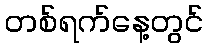
တစ်ရက်နေ့တွင်